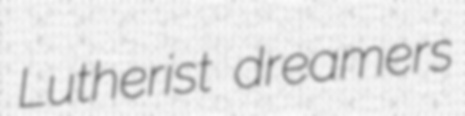
Lutherist dreamers